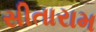
સીતારામ